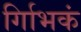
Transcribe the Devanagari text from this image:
र्गािभकं